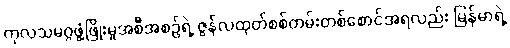
ကုလသမဂ္ဂဖွံ့ဖြိုးမှုအစီအစဉ်ရဲ့ ဇွန်လထုတ်စစ်တမ်းတစ်စောင်အရလည်း မြန်မာရဲ့